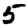
Digit: 5